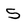
Character: 5